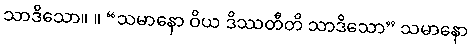
သာဒိသော။ ။ “သမာနော ဝိယ ဒိဿတီတိ သာဒိသော” သမာနော